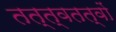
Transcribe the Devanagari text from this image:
तत्त्वतत्वों